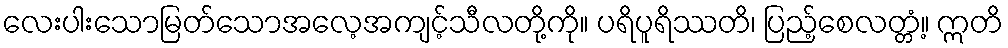
လေးပါးသောမြတ်သောအလေ့အကျင့်သီလတို့ကို။ ပရိပူရိဿတိ၊ ပြည့်စေလတ္တံ့။ ဣတိ